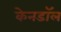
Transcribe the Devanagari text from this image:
केनडॉल